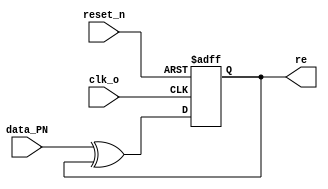
module dif_encoder(
		clk_o,
		reset_n,
		data_PN,
		re
);
	input 	clk_o;
	input 	reset_n;
	input 	data_PN;
	
	output 	re;
	
	reg		temp;
	
	always @( posedge clk_o or negedge reset_n )
	begin
		if ( !reset_n )
		begin
			temp <= 1;
		end
		else
		begin
			temp <= data_PN ^ temp;
		end
	end
	
	assign re = temp;
	
endmodule